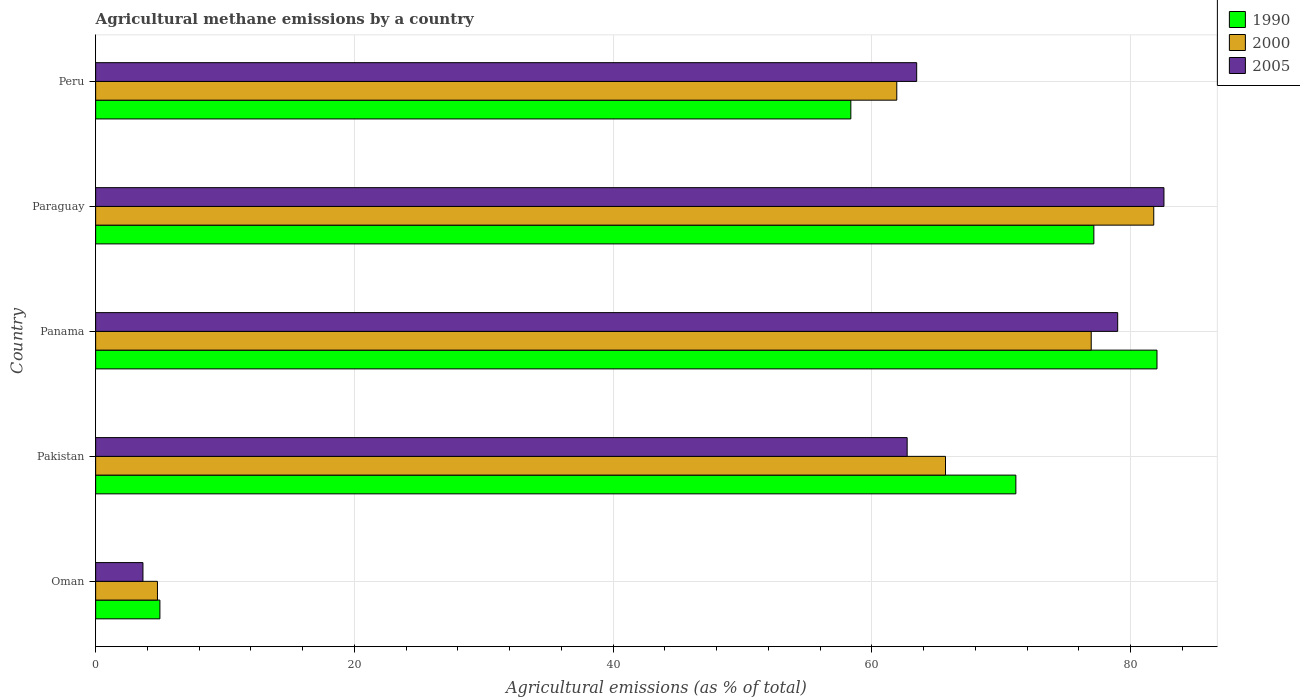
| Country | 1990 | 2000 | 2005 |
 | --- | --- | --- | --- |
 | Oman | 4.97 | 4.78 | 3.66 |
 | Pakistan | 71.1 | 65.7 | 62.7 |
 | Panama | 82 | 77 | 79 |
 | Paraguay | 77.2 | 81.8 | 82.6 |
 | Peru | 58.4 | 61.9 | 63.5 |